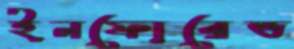
ইনফোরেভ